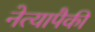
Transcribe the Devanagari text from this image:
नेत्यापैकी